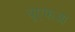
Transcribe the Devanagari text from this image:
यूएफआ